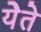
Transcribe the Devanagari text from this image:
येेते